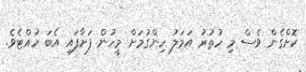
ކޮށްގެން ވެސް މި ހުތުރު އަމަލު ހިންގުމަށް މީހުން ފަށާފައި އެބަ ހުއްޓެވެ.